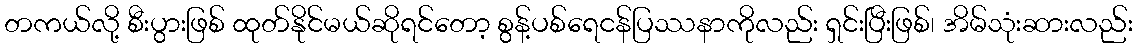
တကယ်လို့ စီးပွားဖြစ် ထုတ်နိုင်မယ်ဆိုရင်တော့ စွန့်ပစ်ရေငန်ပြဿနာကိုလည်း ရှင်းပြီးဖြစ်၊ အိမ်သုံးဆားလည်း